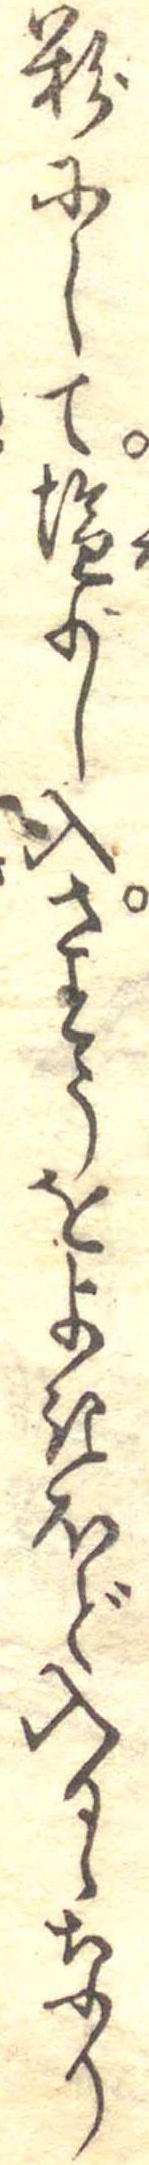
粉にして塩少し入さとうをよきほど入るゝなり